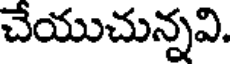
చేయుచున్నవి.